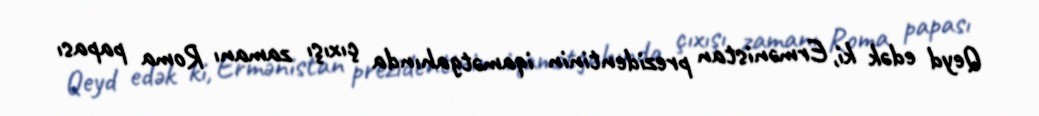
Qeyd edək ki, Ermənistan prezidentinin iqamətgahında çıxışı zamanı Roma papası